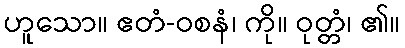
ဟူသော။ ဧတံ-ဝစနံ၊ ကို။ ဝုတ္တံ၊ ၏။